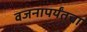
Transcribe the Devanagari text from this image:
वजनापर्यंतचा